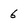
Character: 6